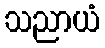
သညာယံ